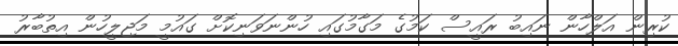
ކުރިން އަލްހާން ނައިބު ރައީސް ކަމުގެ މަގާމުގައި ހުންނަވަނިކޮށް ގައުމީ މަޖިލީހުން އިތުބާރު